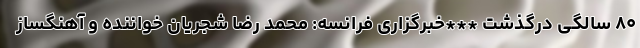
۸۰ سالگی درگذشت ***خبرگزاری فرانسه: محمد رضا شجریان خواننده و آهنگساز